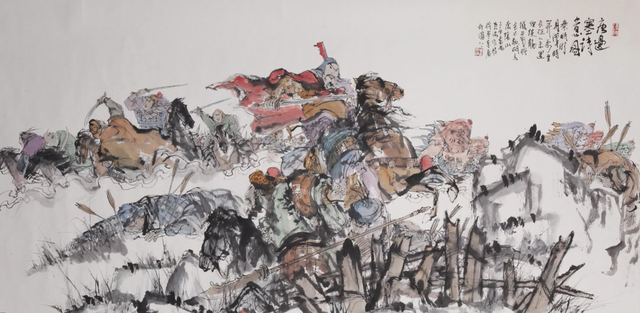
卷旗夜劫单于帐，乱斫胡儿缺宝刀。